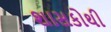
શાસકોથી